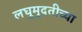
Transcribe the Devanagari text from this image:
लघुमुदतीच्‍या